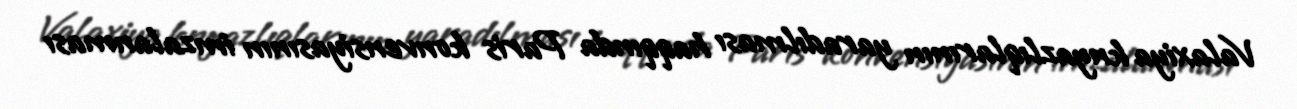
Valaxiya knyazlıqlarının yaradılması haqqında Paris konvensiyasının imzalanması